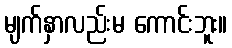
မျက်နှာလည်းမ ကောင်းဘူး။